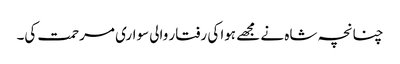
چنانچہ شاہ نے مجھے ہوا کی رفتار والی سواری مرحمت کی۔